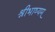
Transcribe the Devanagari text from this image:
श्रीभाष्यम्